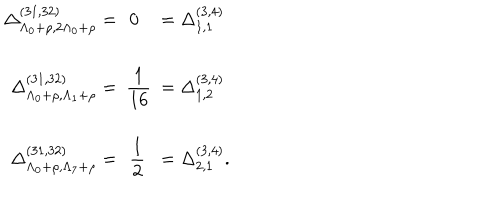
LaTeX: \begin{array} { r c l } { { \Delta _ { \Lambda _ { 0 } + \rho , 2 \Lambda _ { 0 } + \rho } ^ { ( 3 1 , 3 2 ) } = } } & { { \! \! \! 0 \! \! \! } } & { { = \Delta _ { 1 , 1 } ^ { ( 3 , 4 ) } } } \\ { { } } & { { } } & { { } } \\ { { \Delta _ { \Lambda _ { 0 } + \rho , \Lambda _ { 1 } + \rho } ^ { ( 3 1 , 3 2 ) } = } } & { { \displaystyle \! \! \! \frac { 1 } { 1 6 } \! \! \! } } & { { = \Delta _ { 1 , 2 } ^ { ( 3 , 4 ) } } } \\ { { } } & { { } } & { { } } \\ { { \Delta _ { \Lambda _ { 0 } + \rho , \Lambda _ { 7 } + \rho } ^ { ( 3 1 , 3 2 ) } = } } & { { \displaystyle \! \! \! \frac { 1 } { 2 } \! \! \! } } & { { = \Delta _ { 2 , 1 } ^ { ( 3 , 4 ) } . } } \\ \end{array}